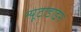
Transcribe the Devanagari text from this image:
न्यूटाडाइन